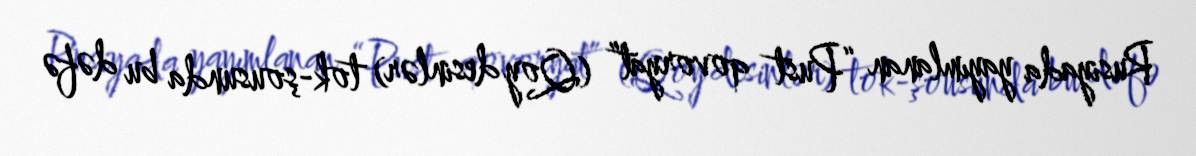
Rusiyada yayımlanan “Pust qovoryat” (Qoy desinlər) tok-şousunda bu dəfə